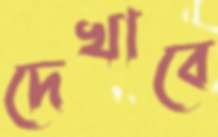
দেখাবে